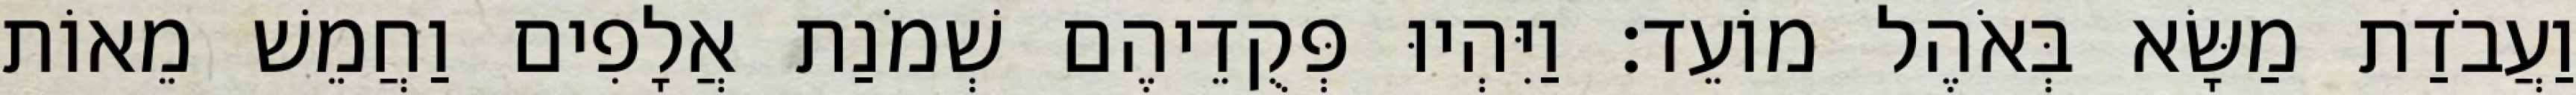
וַעֲבֹדַת מַשָּׂא בְּאֹהֶל מוֹעֵד׃ וַיִּהְיוּ פְּקֻדֵיהֶם שְׁמֹנַת אֲלָפִים וַחֲמֵשׁ מֵאוֹת